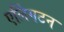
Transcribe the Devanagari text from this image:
एर्लिंगटन